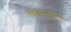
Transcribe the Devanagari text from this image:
चिकणमातीचा